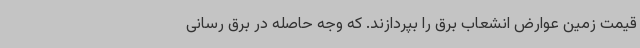
قیمت زمین عوارض انشعاب برق را بپردازند. که وجه حاصله در برق رسانی